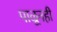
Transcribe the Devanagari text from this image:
पाळूनही